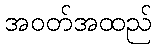
အဝတ်အထည်